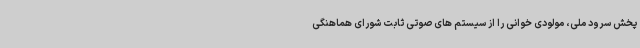
پخش سرود ملی، مولودی خوانی را از سیستم های صوتی ثابت شورای هماهنگی